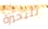
للبحيرة